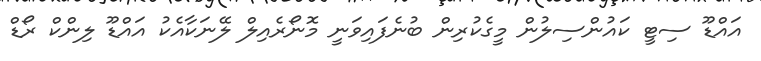
އައްޑޫ ސިޓީ ކައުންސިލުން މީގެކުރިން ބުނެފައިވަނީ މޮނޯރެއިލް ލޭނަކާއެކު އައްޑޫ ލިންކް ރޯޑް